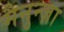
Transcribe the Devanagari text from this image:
मैनुन्ज़ा